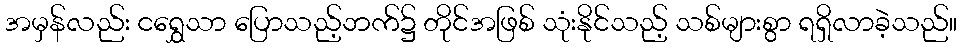
အမှန်လည်း ငရွှေသာ ပြောသည့်ဘက်၌ တိုင်အဖြစ် သုံးနိုင်သည့် သစ်များစွာ ရရှိလာခဲ့သည်။